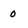
Character: 0